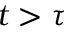
t > \tau